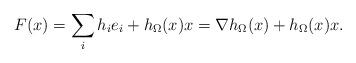
\begin{align*}F(x)=\sum_{i} h_{i}e_{i}+h_{\Omega}(x)x=\nabla h_{\Omega}(x)+h_{\Omega}(x)x.\end{align*}